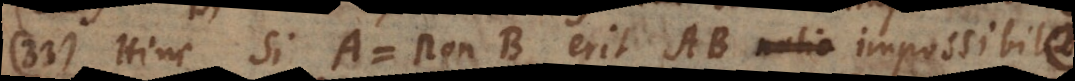
33) Hinc si A = non-B, erit AB notio impossibilis